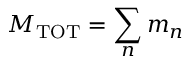
M _ { \mathrm { T O T } } = \sum _ { n } m _ { n }